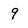
Character: 9